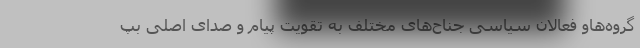
گروه‌هاو فعالان سیاسی جناح‌های مختلف به تقویت پیام و صدای اصلی بپ